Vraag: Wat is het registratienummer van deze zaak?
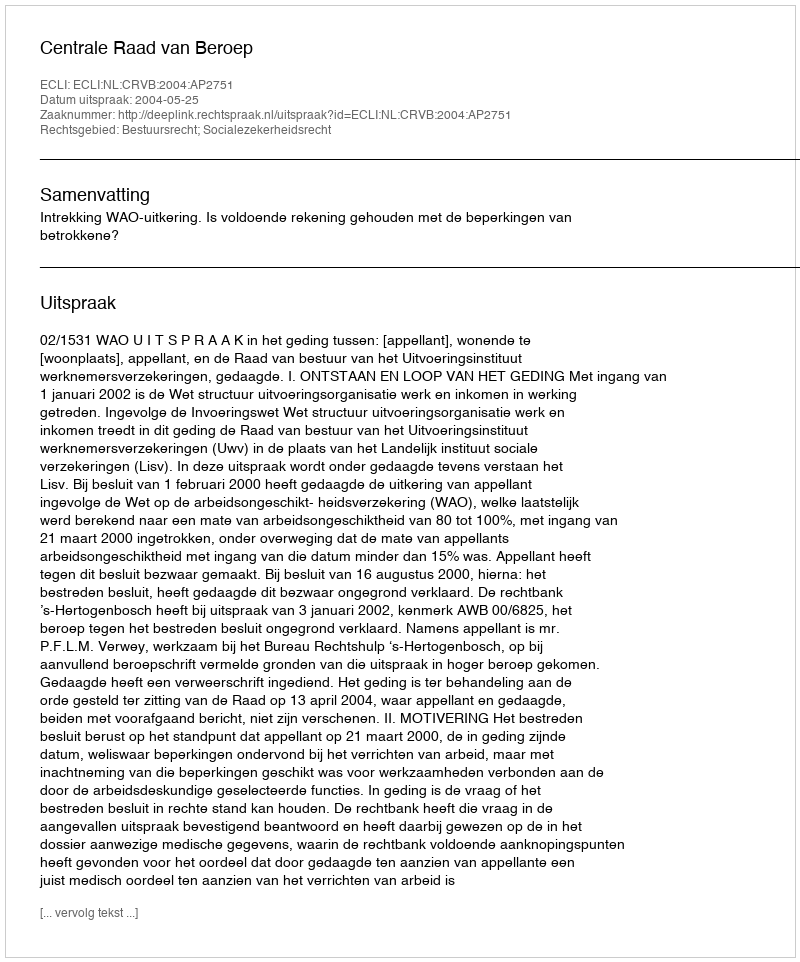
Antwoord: http://deeplink.rechtspraak.nl/uitspraak?id=ECLI:NL:CRVB:2004:AP2751